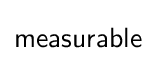
{\mathsf {measurable}}